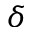
\delta